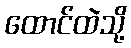
ထောင်ထဲသို့